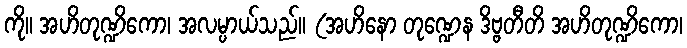
ကို။ အဟိတုဏ္ဍိကော၊ အလမ္ပာယ်သည်။ (အဟိနော တုဏ္ဍေန ဒိဗ္ဗတီတိ အဟိတုဏ္ဍိကော၊